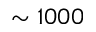
\sim 1 0 0 0